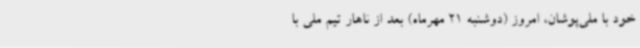
خود با ملی‌پوشان، امروز (دوشنبه 21 مهرماه) بعد از ناهار تیم ملی با